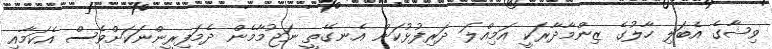
ވިޝާގެ އެބަލި ހާލުގެ ޒިންމާދާރަކީ އަމިއްލަ ދަރިފުޅުކަން އެނގޭތީ ނަޖުމާމެން ދެމަފިރީންނަކަށްވެސް އެކަމާއި